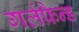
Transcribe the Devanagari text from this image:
गर्लफ्रैन्ड